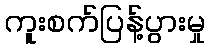
ကူးစက်ပြန့်ပွားမှု